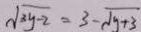
\sqrt { 3 y - 2 } = 3 - \sqrt { y + 3 }